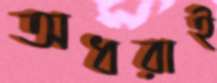
অধরাই